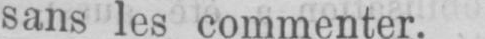
sans les commenter.